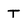
Character: T